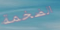
الضخمة